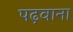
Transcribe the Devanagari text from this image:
पढ़वाना